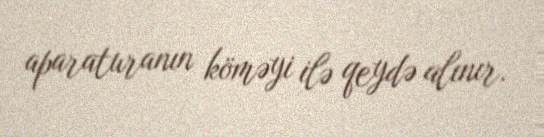
aparaturanın köməyi ilə qeydə alınır.